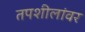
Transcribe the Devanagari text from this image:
तपशीलांवर